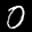
Label: 0